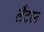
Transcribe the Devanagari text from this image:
लैटरन